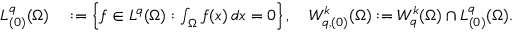
\begin{array} { r l } { L _ { ( 0 ) } ^ { q } ( \Omega ) } & { { } : = \left\{ f \in L ^ { q } ( \Omega ) : \int _ { \Omega } f ( x ) \, d x = 0 \right\} , \quad W _ { q , ( 0 ) } ^ { k } ( \Omega ) : = W _ { q } ^ { k } ( \Omega ) \cap L _ { ( 0 ) } ^ { q } ( \Omega ) . } \end{array}